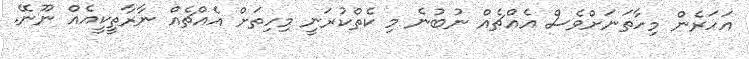
އަހަރެން މިހާތަނަށްވެސް އެއްޗެއް ނުބުނެ މި ކެތްކުރަނީ މިހިތަށް އެއްޗެއް ނާރާތީކީއެއް ނޫނޭ.